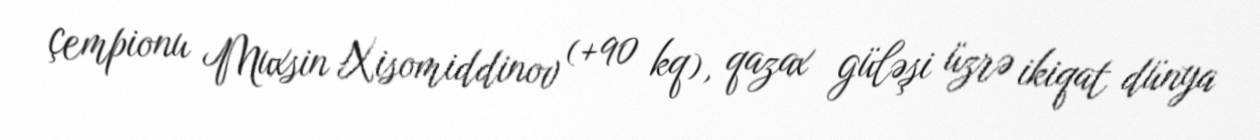
çempionu Muxsin Xisomiddinov (+90 kq), qazax güləşi üzrə ikiqat dünya